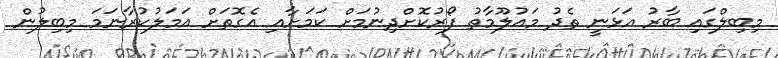
މިބިލްގައި ބާރު އަޅަނީ ތެދު މައުލޫމާތު ފޯރުކޮށްދިނުމަށް ކަމަށާއި އެގޮތަށް އަމަލުކުރާނަމަ މިބިލުން